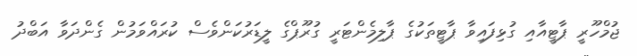
ޖުމްހޫރީ ޕާޓީއާއި ގުޅިފައިވާ ޕާޓީތަކުގެ ޕާލިމެންޓަރީ ގުރޫޕްގެ ލީޑަރުކަންވެސް ކުރައްވަމުން ގެންދަވާ އަބްދު